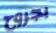
بجروح